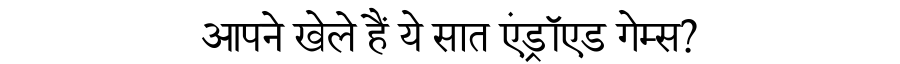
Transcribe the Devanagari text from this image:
आपने खेले हैं ये सात एंड्रॉएड गेम्स?